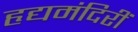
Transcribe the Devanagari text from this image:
हृद्यमंदिरीं